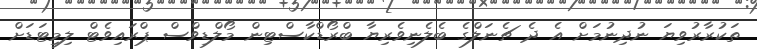
ތަކުރާރުވިޔަ ނުދިނުމަށް އެ ދެ ޗެނަލްގެ ބެލެނިވެރިޔާ ބްރޯޑްކާސްޓިން މޯލްޑިވްސް ޕްރައިވެޓް ލިމިޓަޑަށް